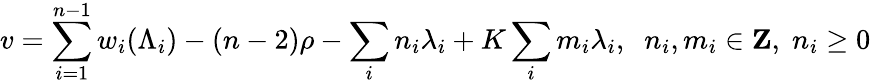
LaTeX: v=\sum_{i=1}^{n-1}w_{i}(\Lambda_{i})-(n-2)\rho-\sum_{i}n_{i}\lambda_{i}+K\sum_{i}m_{i}\lambda_{i},\; \; n_{i},m_{i}\in{\mathbf Z},\; n_{i}\geq 0